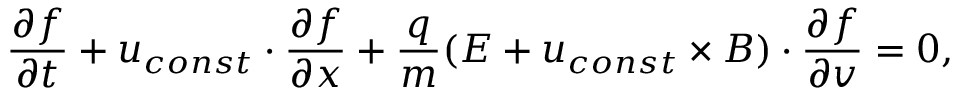
\frac { \partial f } { \partial t } + \boldsymbol { u } _ { c o n s t } \cdot \frac { \partial f } { \partial \boldsymbol { x } } + \frac { q } { m } ( \boldsymbol { E } + \boldsymbol { u } _ { c o n s t } \times \boldsymbol { B } ) \cdot \frac { \partial f } { \partial \boldsymbol { v } } = 0 ,